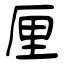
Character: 厘